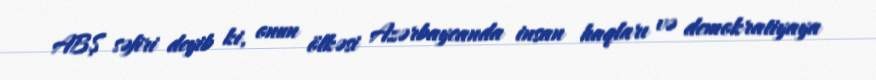
ABŞ səfiri deyib ki, onun ölkəsi Azərbaycanda insan haqları və demokratiyaya